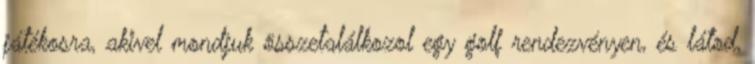
játékosra, akivel mondjuk összetalálkozol egy golf rendezvényen, és látod,